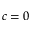
c = 0